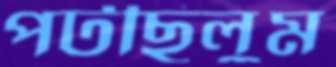
পটছিলুম